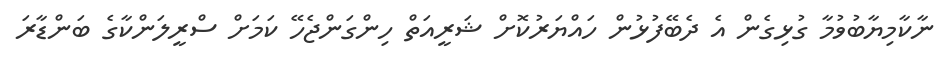
ނާކާމިޔާބުވުމާ ގުޅިގެން އެ ދެބޭފުޅުން ހައްޔަރުކޮށް ޝަރީއަތް ހިންގަންޖެހޭ ކަމަށް ސްރީލަންކާގެ ބަންޑާރަ